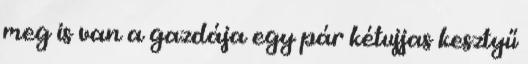
meg is van a gazdája egy pár kétujjas kesztyű